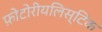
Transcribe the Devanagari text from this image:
फ़ोटोरीयलिस्टिक